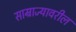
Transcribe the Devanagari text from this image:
साम्राज्यावरील